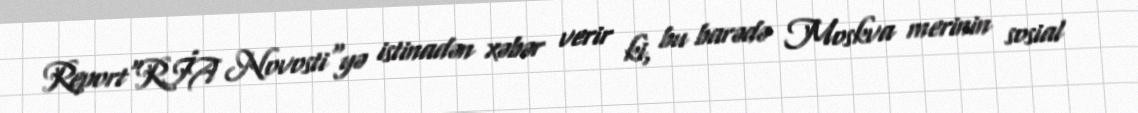
Report"RİA Novosti"yə istinadən xəbər verir ki, bu barədə Moskva merinin sosial